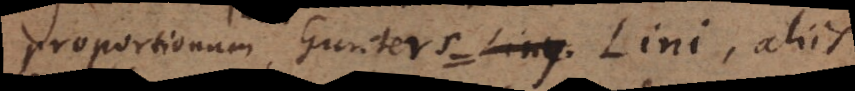
proportionum, Gunters Lini, aliis